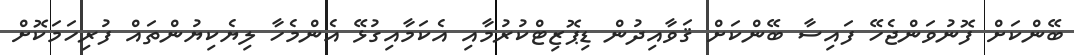
ބޭންކަށް ފޮނުވަންޖެހޭ ފައިސާ ބޭންކަށް ޤަވާއިދުން ޑިޕޮޒިޓްކުރުމާއި އެކަމާއިގުޅޭ އެންމެހާ ލިޔެކިޔުންތައް ފުރިހަމަކޮށް